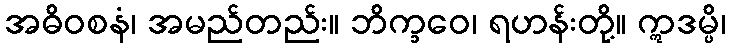
အဓိဝစနံ၊ အမည်တည်း။ ဘိက္ခဝေ၊ ရဟန်းတို့။ ဣဒမ္ပိ၊